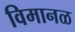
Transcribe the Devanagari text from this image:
विमानळ